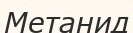
Метанид